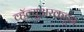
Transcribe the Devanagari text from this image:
व्हॅल्युअरकडून